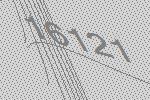
16121